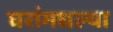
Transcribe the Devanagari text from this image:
घरांमधल्या